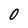
Character: 0